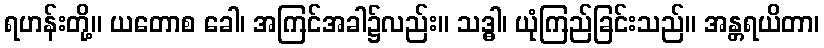
ရဟန်းတို့။ ယတောစ ခေါ၊ အကြင်အခါ၌လည်း။ သဒ္ဓါ၊ ယုံကြည်ခြင်းသည်။ အန္တရယိတာ၊